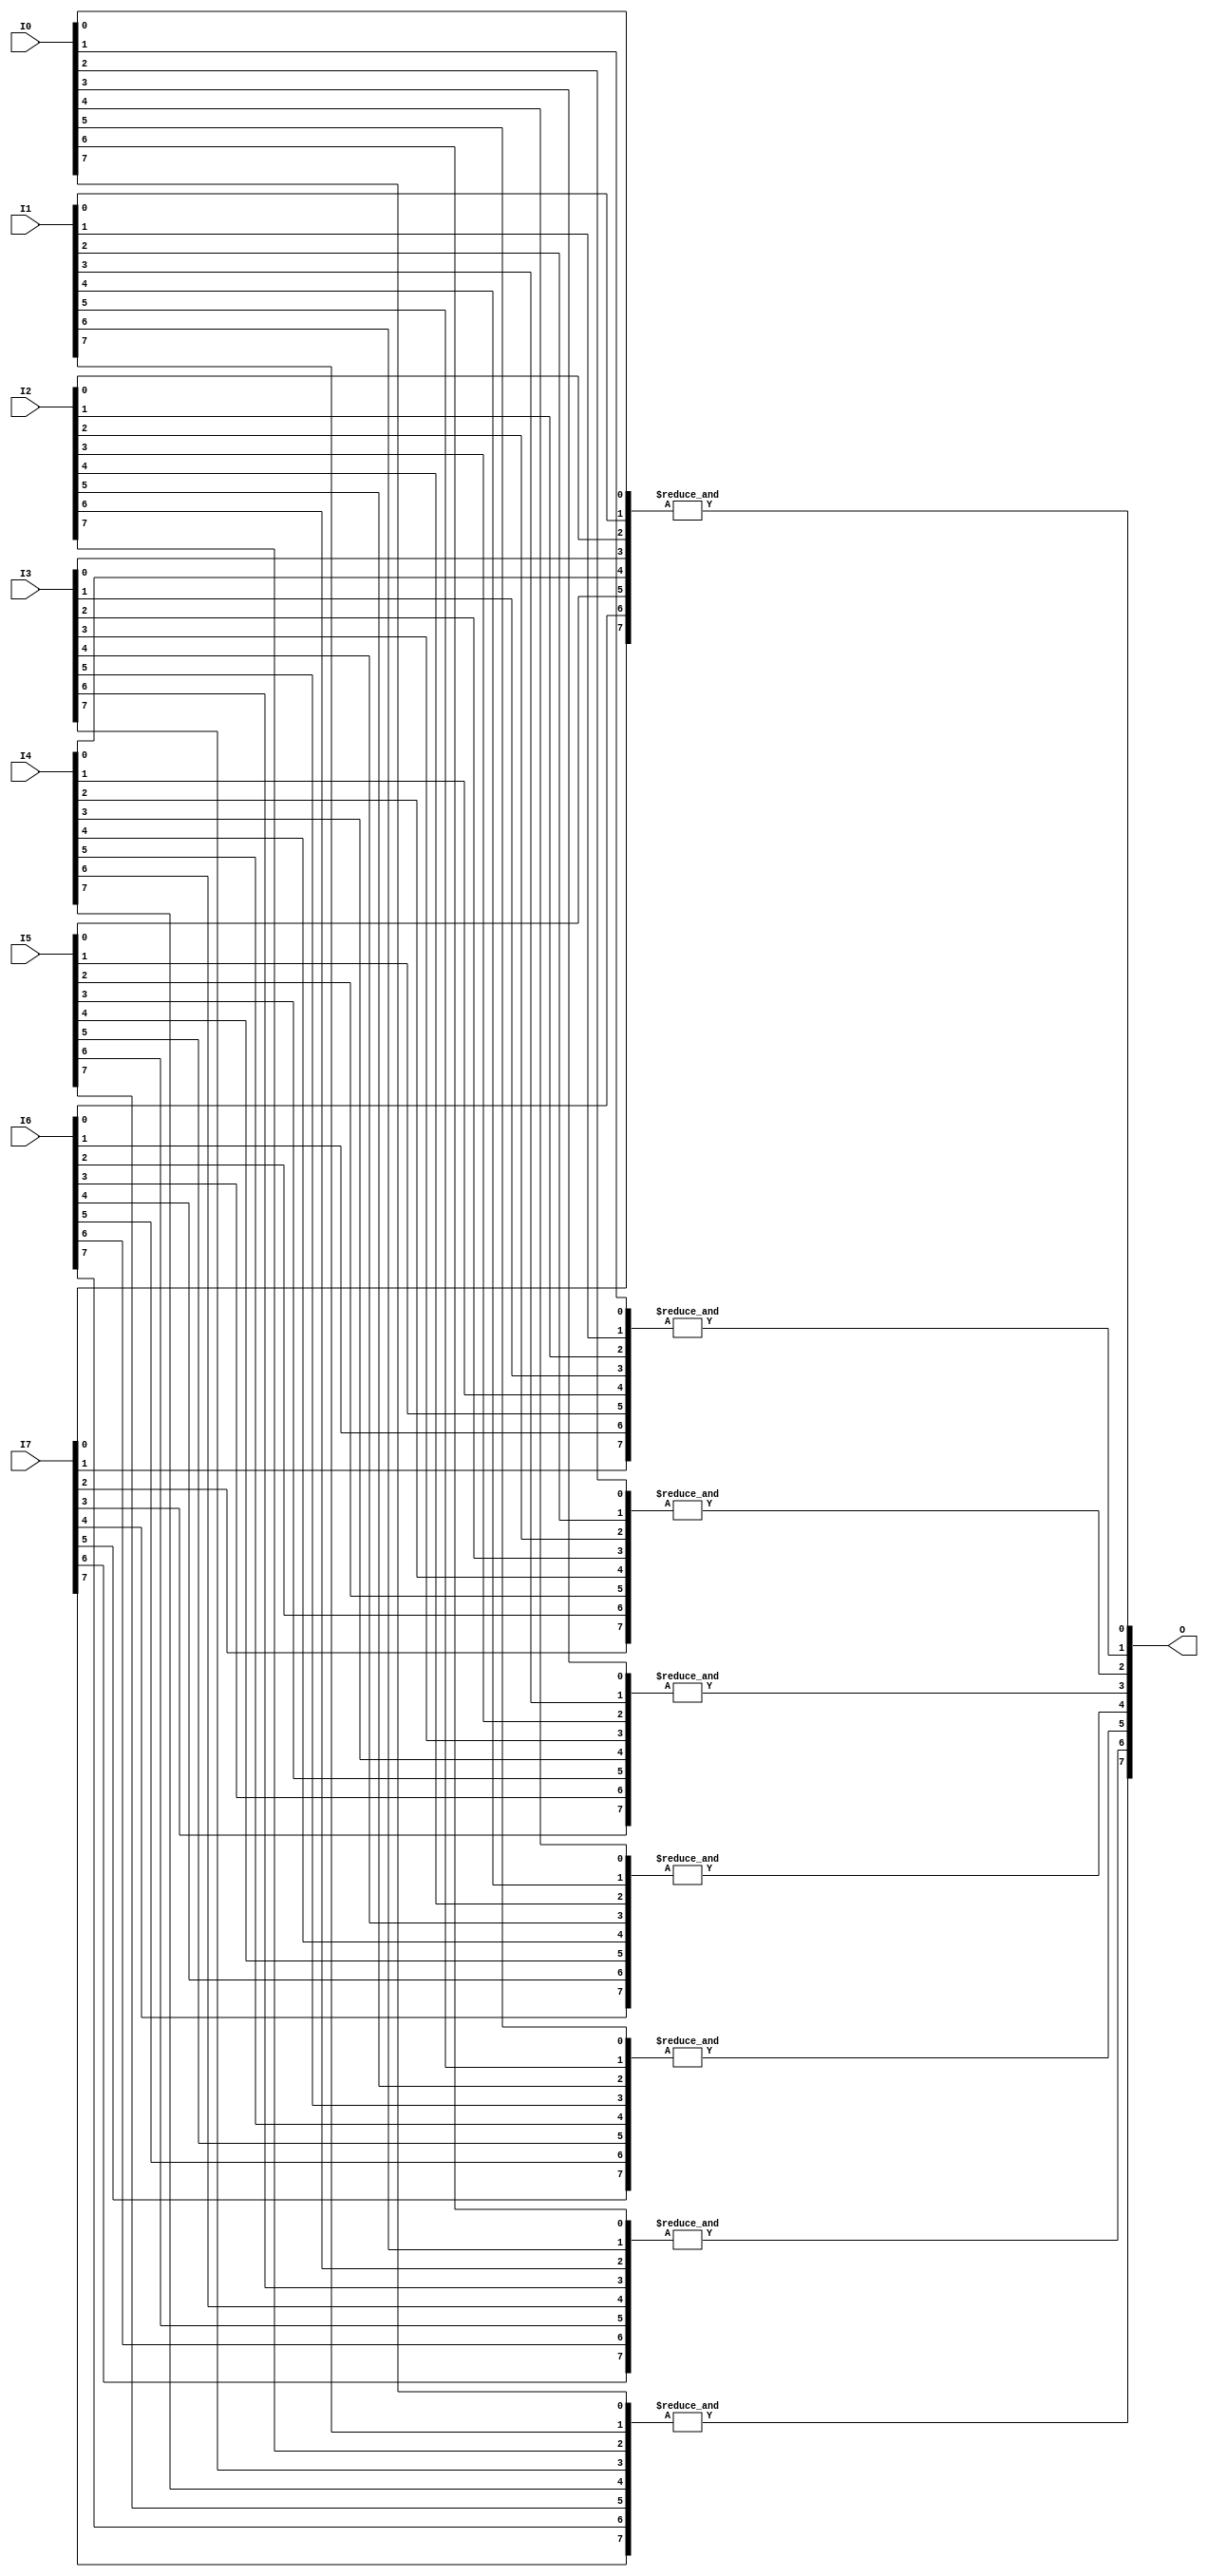
module And8x8 (
    input [7:0] I0,
    input [7:0] I1,
    input [7:0] I2,
    input [7:0] I3,
    input [7:0] I4,
    input [7:0] I5,
    input [7:0] I6,
    input [7:0] I7,
    output [7:0] O
);
assign O = {& ({I7[7],I6[7],I5[7],I4[7],I3[7],I2[7],I1[7],I0[7]}),& ({I7[6],I6[6],I5[6],I4[6],I3[6],I2[6],I1[6],I0[6]}),& ({I7[5],I6[5],I5[5],I4[5],I3[5],I2[5],I1[5],I0[5]}),& ({I7[4],I6[4],I5[4],I4[4],I3[4],I2[4],I1[4],I0[4]}),& ({I7[3],I6[3],I5[3],I4[3],I3[3],I2[3],I1[3],I0[3]}),& ({I7[2],I6[2],I5[2],I4[2],I3[2],I2[2],I1[2],I0[2]}),& ({I7[1],I6[1],I5[1],I4[1],I3[1],I2[1],I1[1],I0[1]}),& ({I7[0],I6[0],I5[0],I4[0],I3[0],I2[0],I1[0],I0[0]})};
endmodule